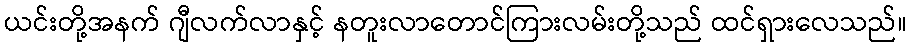
ယင်းတို့အနက် ဂျီလက်လာနှင့် နတူးလာတောင်ကြားလမ်းတို့သည် ထင်ရှားလေသည်။